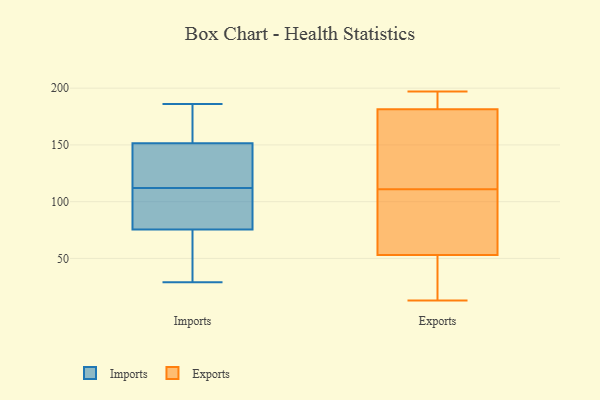
{"axis": {"x": "Operating Costs (USD K)", "y": "Value"}, "legend": ["Exports", "Imports"], "data": [{"x": "", "y": 171, "type": "Imports"}, {"x": "", "y": 178, "type": "Imports"}, {"x": "", "y": 147, "type": "Imports"}, {"x": "", "y": 110, "type": "Imports"}, {"x": "", "y": 86, "type": "Imports"}, {"x": "", "y": 65, "type": "Imports"}, {"x": "", "y": 156, "type": "Imports"}, {"x": "", "y": 131, "type": "Imports"}, {"x": "", "y": 94, "type": "Imports"}, {"x": "", "y": 186, "type": "Imports"}, {"x": "", "y": 114, "type": "Imports"}, {"x": "", "y": 32, "type": "Imports"}, {"x": "", "y": 167, "type": "Imports"}, {"x": "", "y": 29, "type": "Imports"}, {"x": "", "y": 35, "type": "Imports"}, {"x": "", "y": 103, "type": "Imports"}, {"x": "", "y": 94, "type": "Imports"}, {"x": "", "y": 129, "type": "Imports"}, {"x": "", "y": 143, "type": "Imports"}, {"x": "", "y": 49, "type": "Imports"}, {"x": "", "y": 190, "type": "Exports"}, {"x": "", "y": 122, "type": "Exports"}, {"x": "", "y": 73, "type": "Exports"}, {"x": "", "y": 194, "type": "Exports"}, {"x": "", "y": 197, "type": "Exports"}, {"x": "", "y": 174, "type": "Exports"}, {"x": "", "y": 40, "type": "Exports"}, {"x": "", "y": 189, "type": "Exports"}, {"x": "", "y": 148, "type": "Exports"}, {"x": "", "y": 98, "type": "Exports"}, {"x": "", "y": 28, "type": "Exports"}, {"x": "", "y": 100, "type": "Exports"}, {"x": "", "y": 57, "type": "Exports"}, {"x": "", "y": 13, "type": "Exports"}, {"x": "", "y": 128, "type": "Exports"}, {"x": "", "y": 49, "type": "Exports"}]}